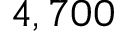
4 , 7 0 0